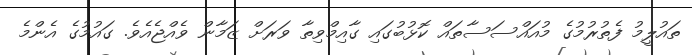
ތައުލީމު ފެތުރުމުގެ މުއައްސަސާތައް ކޮޅުބުގައި ގާއިމްވިތާ ވަރަށް ޒަމާން ވެއްޖެއެވެ. ގައުމުގެ އެންމެ